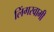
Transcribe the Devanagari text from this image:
लिंगस्वामी